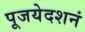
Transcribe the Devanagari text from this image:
पूजयेदशनं